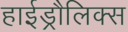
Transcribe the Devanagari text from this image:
हाईड्रौलिक्स